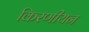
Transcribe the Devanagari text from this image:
किरणीयन